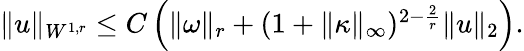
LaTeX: \begin{array}{r}{\| u\| _{W^{1,r}}\leq C\left(\| \omega\| _{r}+(1+\| \kappa\| _{\infty})^{2-\frac{2}{r}}\| u\| _{2}\right).}\end{array}